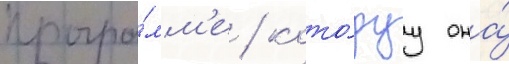
програ́мм'е / кото́руу она́